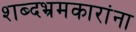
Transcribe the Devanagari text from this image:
शब्दभ्रमकारांना